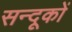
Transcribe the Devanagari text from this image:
सन्दूकों